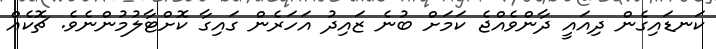
ކަނޑައިގެން ދިއައީ ދާންވެއްޖެ ކަމަށް ބުނެ ޒައިދު އަހަރެން ގައިގާ ކޮށްޓާލުމުންނެވެ. ޗޮކެއް